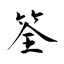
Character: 筌